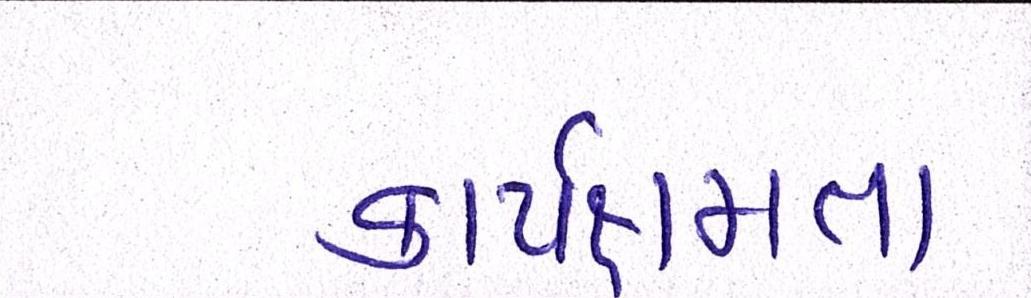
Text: કાર્યક્ષમતા